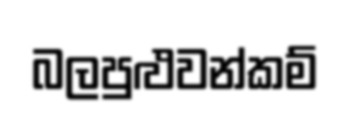
බලපුළුවන්කම්